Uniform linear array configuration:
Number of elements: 64
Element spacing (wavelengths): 0.25
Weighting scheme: hamming
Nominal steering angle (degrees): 15
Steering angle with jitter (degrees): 15.368
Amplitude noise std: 0.05
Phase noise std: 0.05

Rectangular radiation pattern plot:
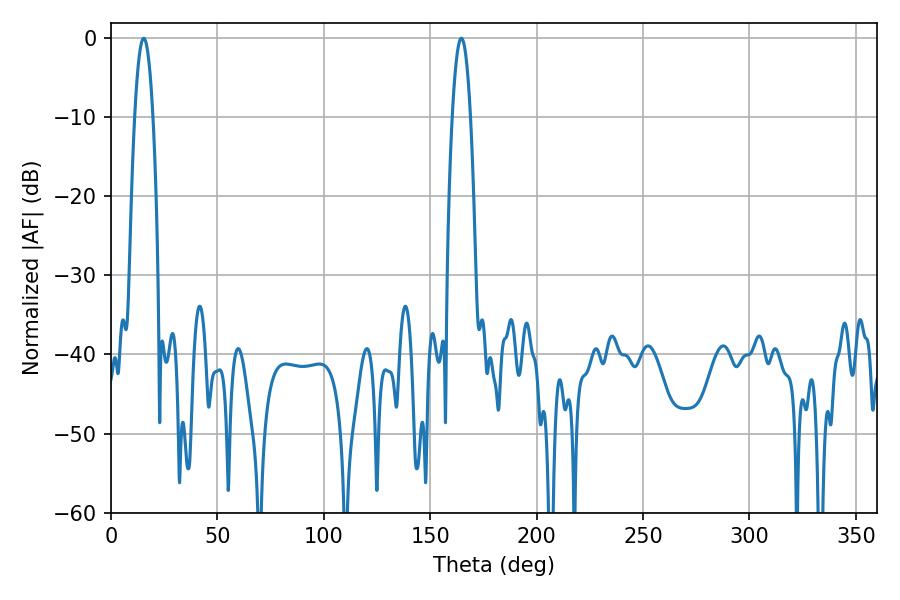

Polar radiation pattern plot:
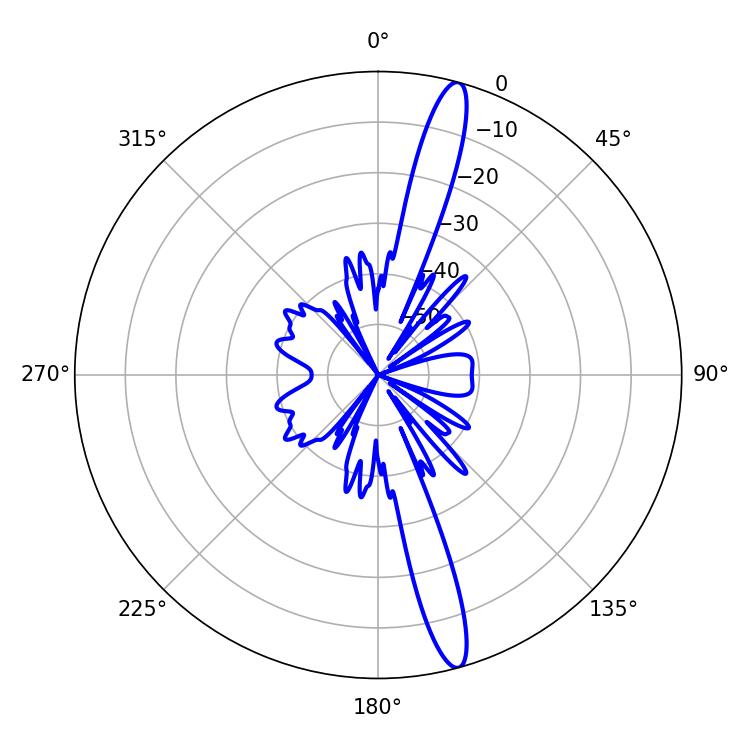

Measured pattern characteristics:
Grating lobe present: FALSE
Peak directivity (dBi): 16.26
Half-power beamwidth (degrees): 4.86
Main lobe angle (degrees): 15.3